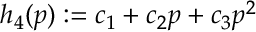
h _ { 4 } ( p ) : = c _ { 1 } + c _ { 2 } p + c _ { 3 } p ^ { 2 }